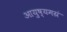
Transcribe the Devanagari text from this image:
आयुष्यमग्रं